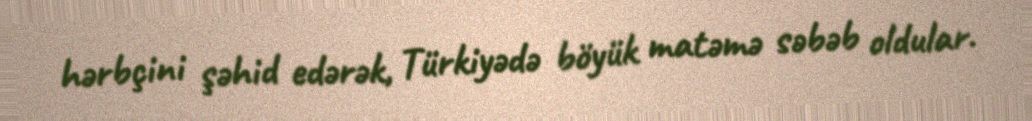
hərbçini şəhid edərək, Türkiyədə böyük matəmə səbəb oldular.